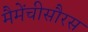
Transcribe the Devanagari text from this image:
मैमेंचीसौरस